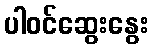
ပါဝင်ဆွေးနွေး